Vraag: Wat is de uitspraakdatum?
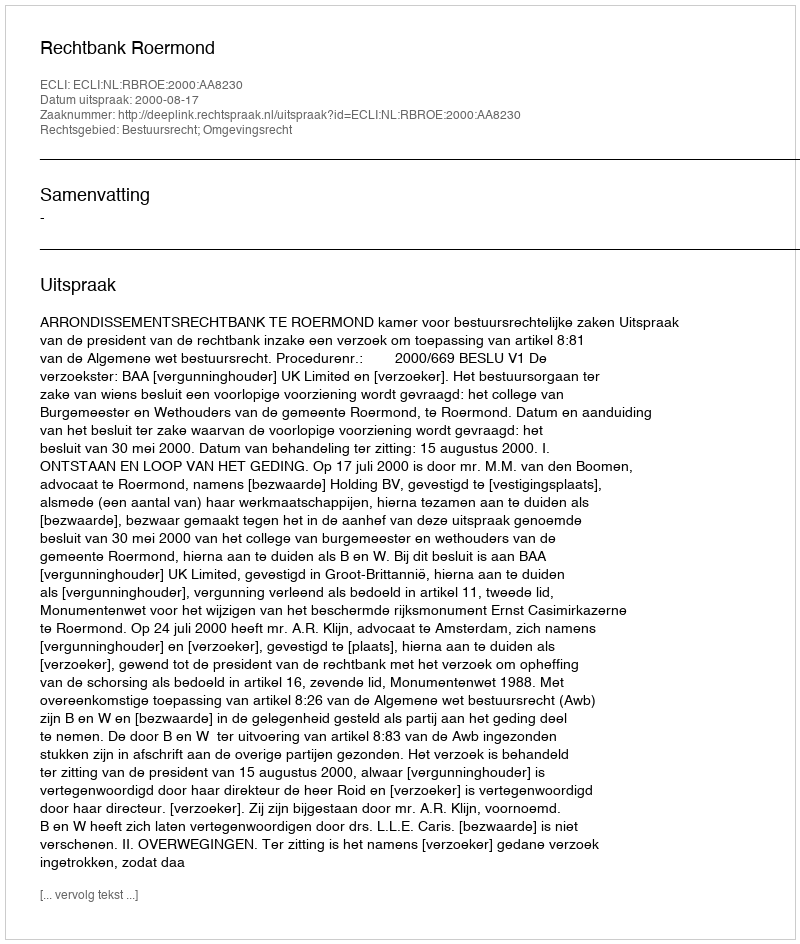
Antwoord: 2000-08-17